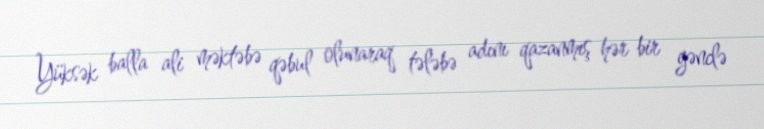
Yüksək balla ali məktəbə qəbul olunaraq tələbə adını qazanmış hər bir gənclə